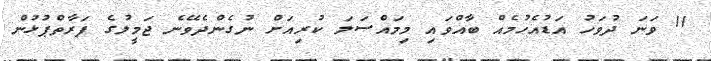
11 ވަނަ ދުވަހު އަޑުއެހުމެއް ބާއްވައި މިމައްސަލަ ކުރިއަށް ނުގެންދެވޭނެ ޖަމީލުގެ ފަރާތްޕުޅުން